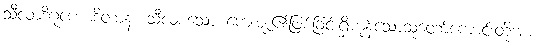
သီလာဒိဂုဏောဒိတာနံ၊ သီလစသော ကျေးဇူး၏ဖြစ်ခြင်းရှိကုန်သောသူတော်ကောင်းတို့အား။